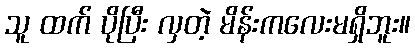
သူ ထက် ပိုပြီး လှတဲ့ မိန်းကလေးမရှိဘူး။